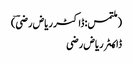
(ملتمس: ڈاکٹر ریاض رضیؔ)
ڈاکـٹر ریاض رضی